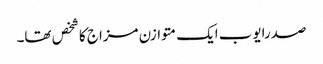
صدرایوب ایک متوازن مزاج کاشخص تھا۔